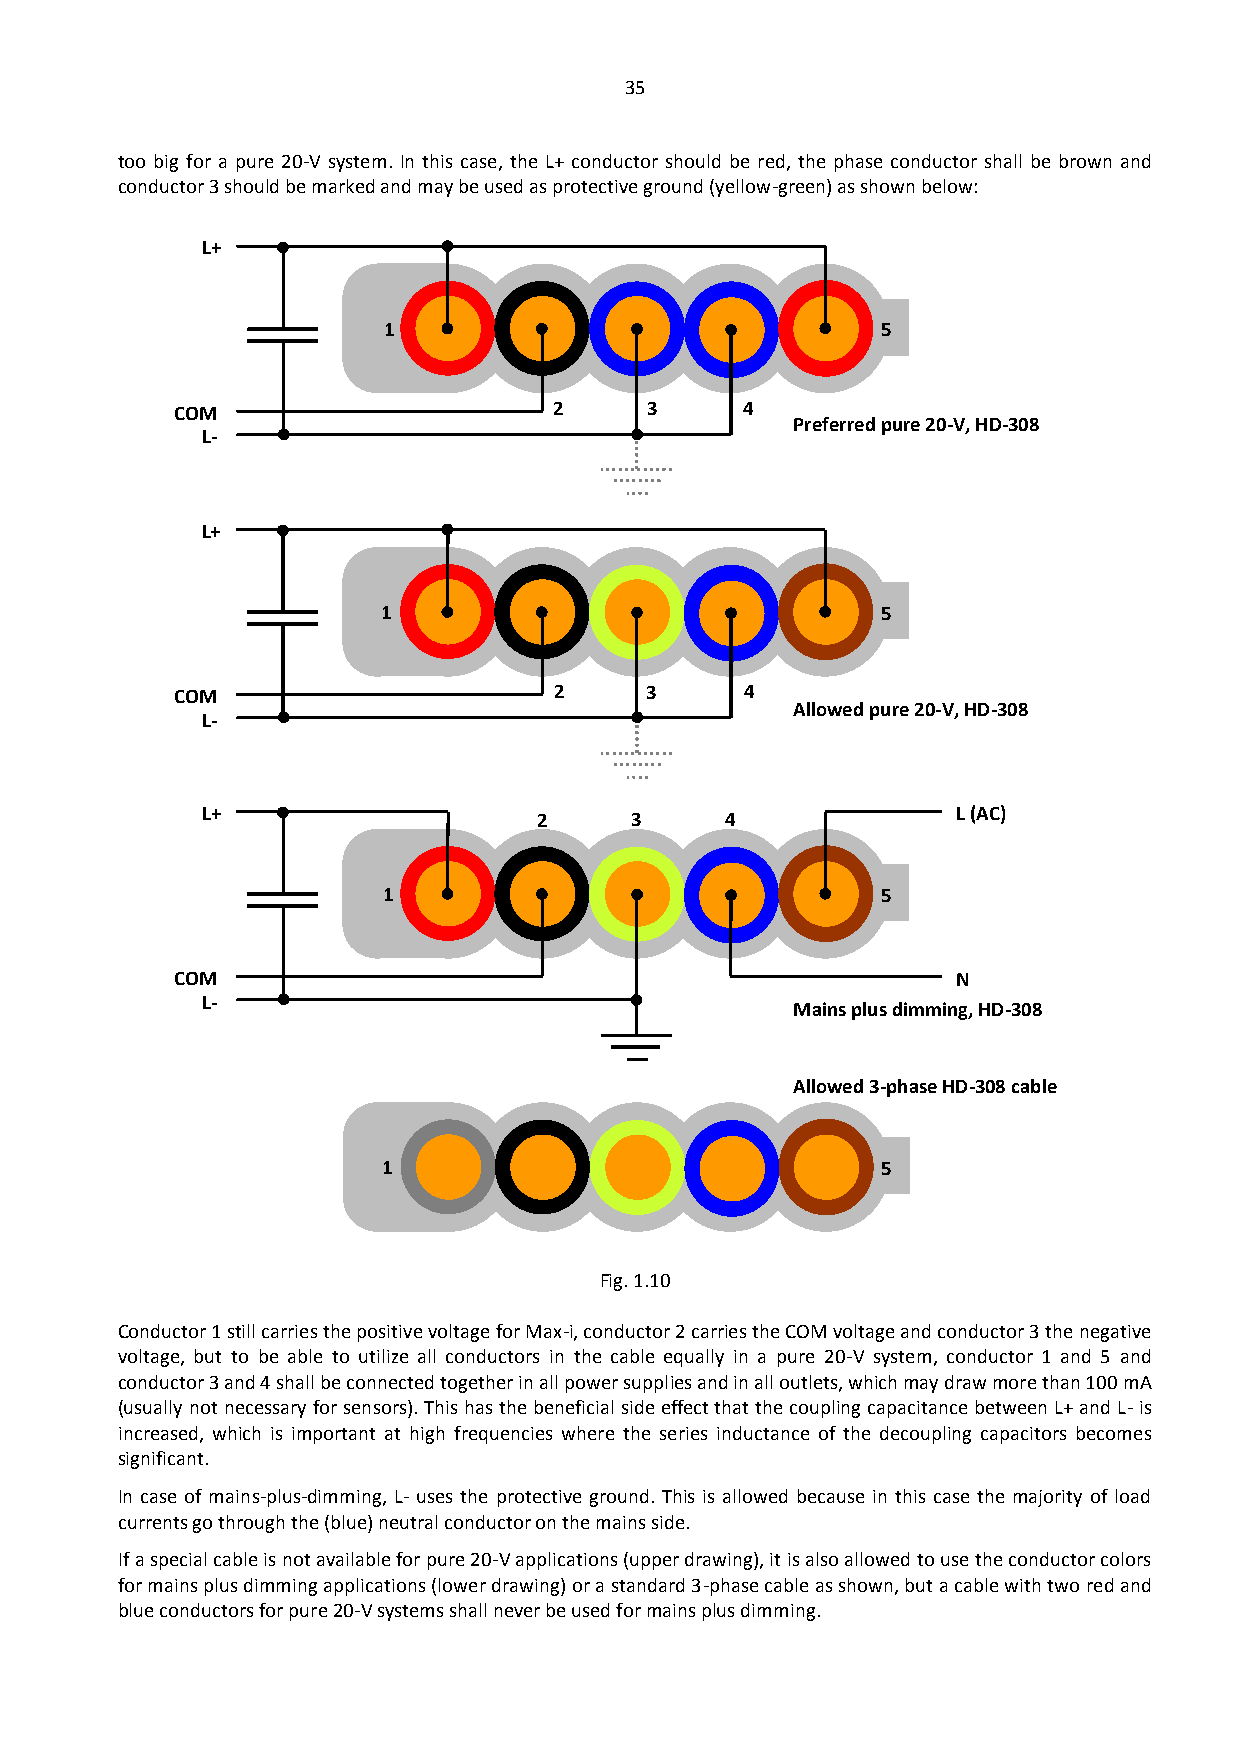
35
 too big for a pure 20-V system. In this case, the L+ conductor should be red, the phase conductor shall be brown and
 conductor 3 should be marked and may be used as protective ground (yellow-green) as shown below:
 L+
 1                                5
 COM                      2     3     4
 Preferred pure 20-V, HD-308
 L-
 L+
 1                                5
 COM                       2     3     4
 Allowed pure 20-V, HD-308
 L-
 L+                     2     3     4              L (AC)
 1                                5
 COM                                                N
 L-
 Mains plus dimming, HD-308
 Allowed 3-phase HD-308 cable
 1                                5
 Fig. 1.10
 Conductor 1 still carries the positive voltage for Max-i, conductor 2 carries the COM voltage and conductor 3 the negative
 voltage, but to be able to utilize all conductors in the cable equally in a pure 20-V system, conductor 1 and 5 and
 conductor 3 and 4 shall be connected together in all power supplies and in all outlets, which may draw more than 100 mA
 (usually not necessary for sensors). This has the beneficial side effect that the coupling capacitance between L+ and L- is
 increased, which is important at high frequencies where the series inductance of the decoupling capacitors becomes
 significant.
 In case of mains-plus-dimming, L- uses the protective ground. This is allowed because in this case the majority of load
 currents go through the (blue) neutral conductor on the mains side.
 If a special cable is not available for pure 20-V applications (upper drawing), it is also allowed to use the conductor colors
 for mains plus dimming applications (lower drawing) or a standard 3-phase cable as shown, but a cable with two red and
 blue conductors for pure 20-V systems shall never be used for mains plus dimming.